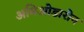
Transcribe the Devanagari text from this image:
अमिओडारोन